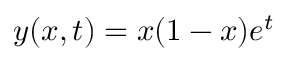
y ( x , t ) = x ( 1 - x ) e ^ { t }